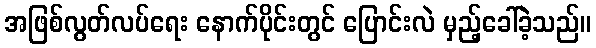
အဖြစ်လွတ်လပ်ရေး နောက်ပိုင်းတွင် ပြောင်းလဲ မှည့်ခေါ်ခဲ့သည်။